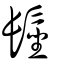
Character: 髽